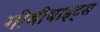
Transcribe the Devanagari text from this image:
गीबीबाइट्स